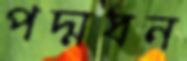
পদ্মবন